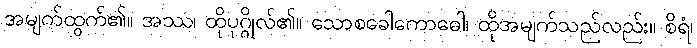
အမျက်ထွက်၏။ အဿ၊ ထိုပုဂ္ဂိုလ်၏။ သောစခေါကောဓေါ၊ ထိုအမျက်သည်လည်း။ စိရံ၊